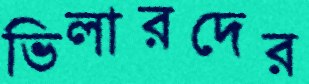
ভিলারদের